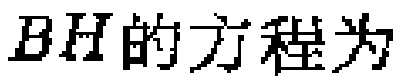
\(BH的方程为\)